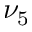
\nu _ { 5 }